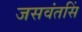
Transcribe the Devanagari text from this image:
जसवंतसिं